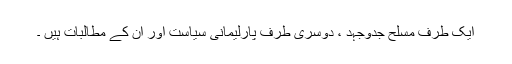
ایک طرف مسلح جدوجہد ، دوسری طرف پارلیمانی سیاست اور ان کے مطالبات ہیں ۔